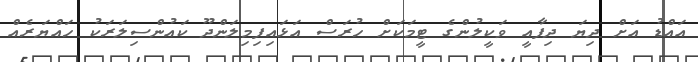
އައްޑު އަށް ދިޔަ ދިފާއީ ވަކީލުންގެ ޓީމަކަށް ހުރަސް އަޅައިފިމިލަންދޫ ކައުންސިލަރަކު ހައްޔަރެއް